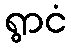
ရွာငံ